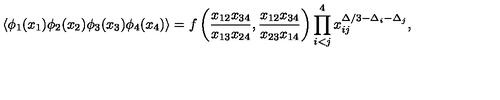
\langle \phi _ { 1 } ( x _ { 1 } ) \phi _ { 2 } ( x _ { 2 } ) \phi _ { 3 } ( x _ { 3 } ) \phi _ { 4 } ( x _ { 4 } ) \rangle = f \left( \frac { x _ { 1 2 } x _ { 3 4 } } { x _ { 1 3 } x _ { 2 4 } } , \frac { x _ { 1 2 } x _ { 3 4 } } { x _ { 2 3 } x _ { 1 4 } } \right) \prod _ { i < j } ^ { 4 } x _ { i j } ^ { \Delta / 3 - \Delta _ { i } - \Delta _ { j } } ,